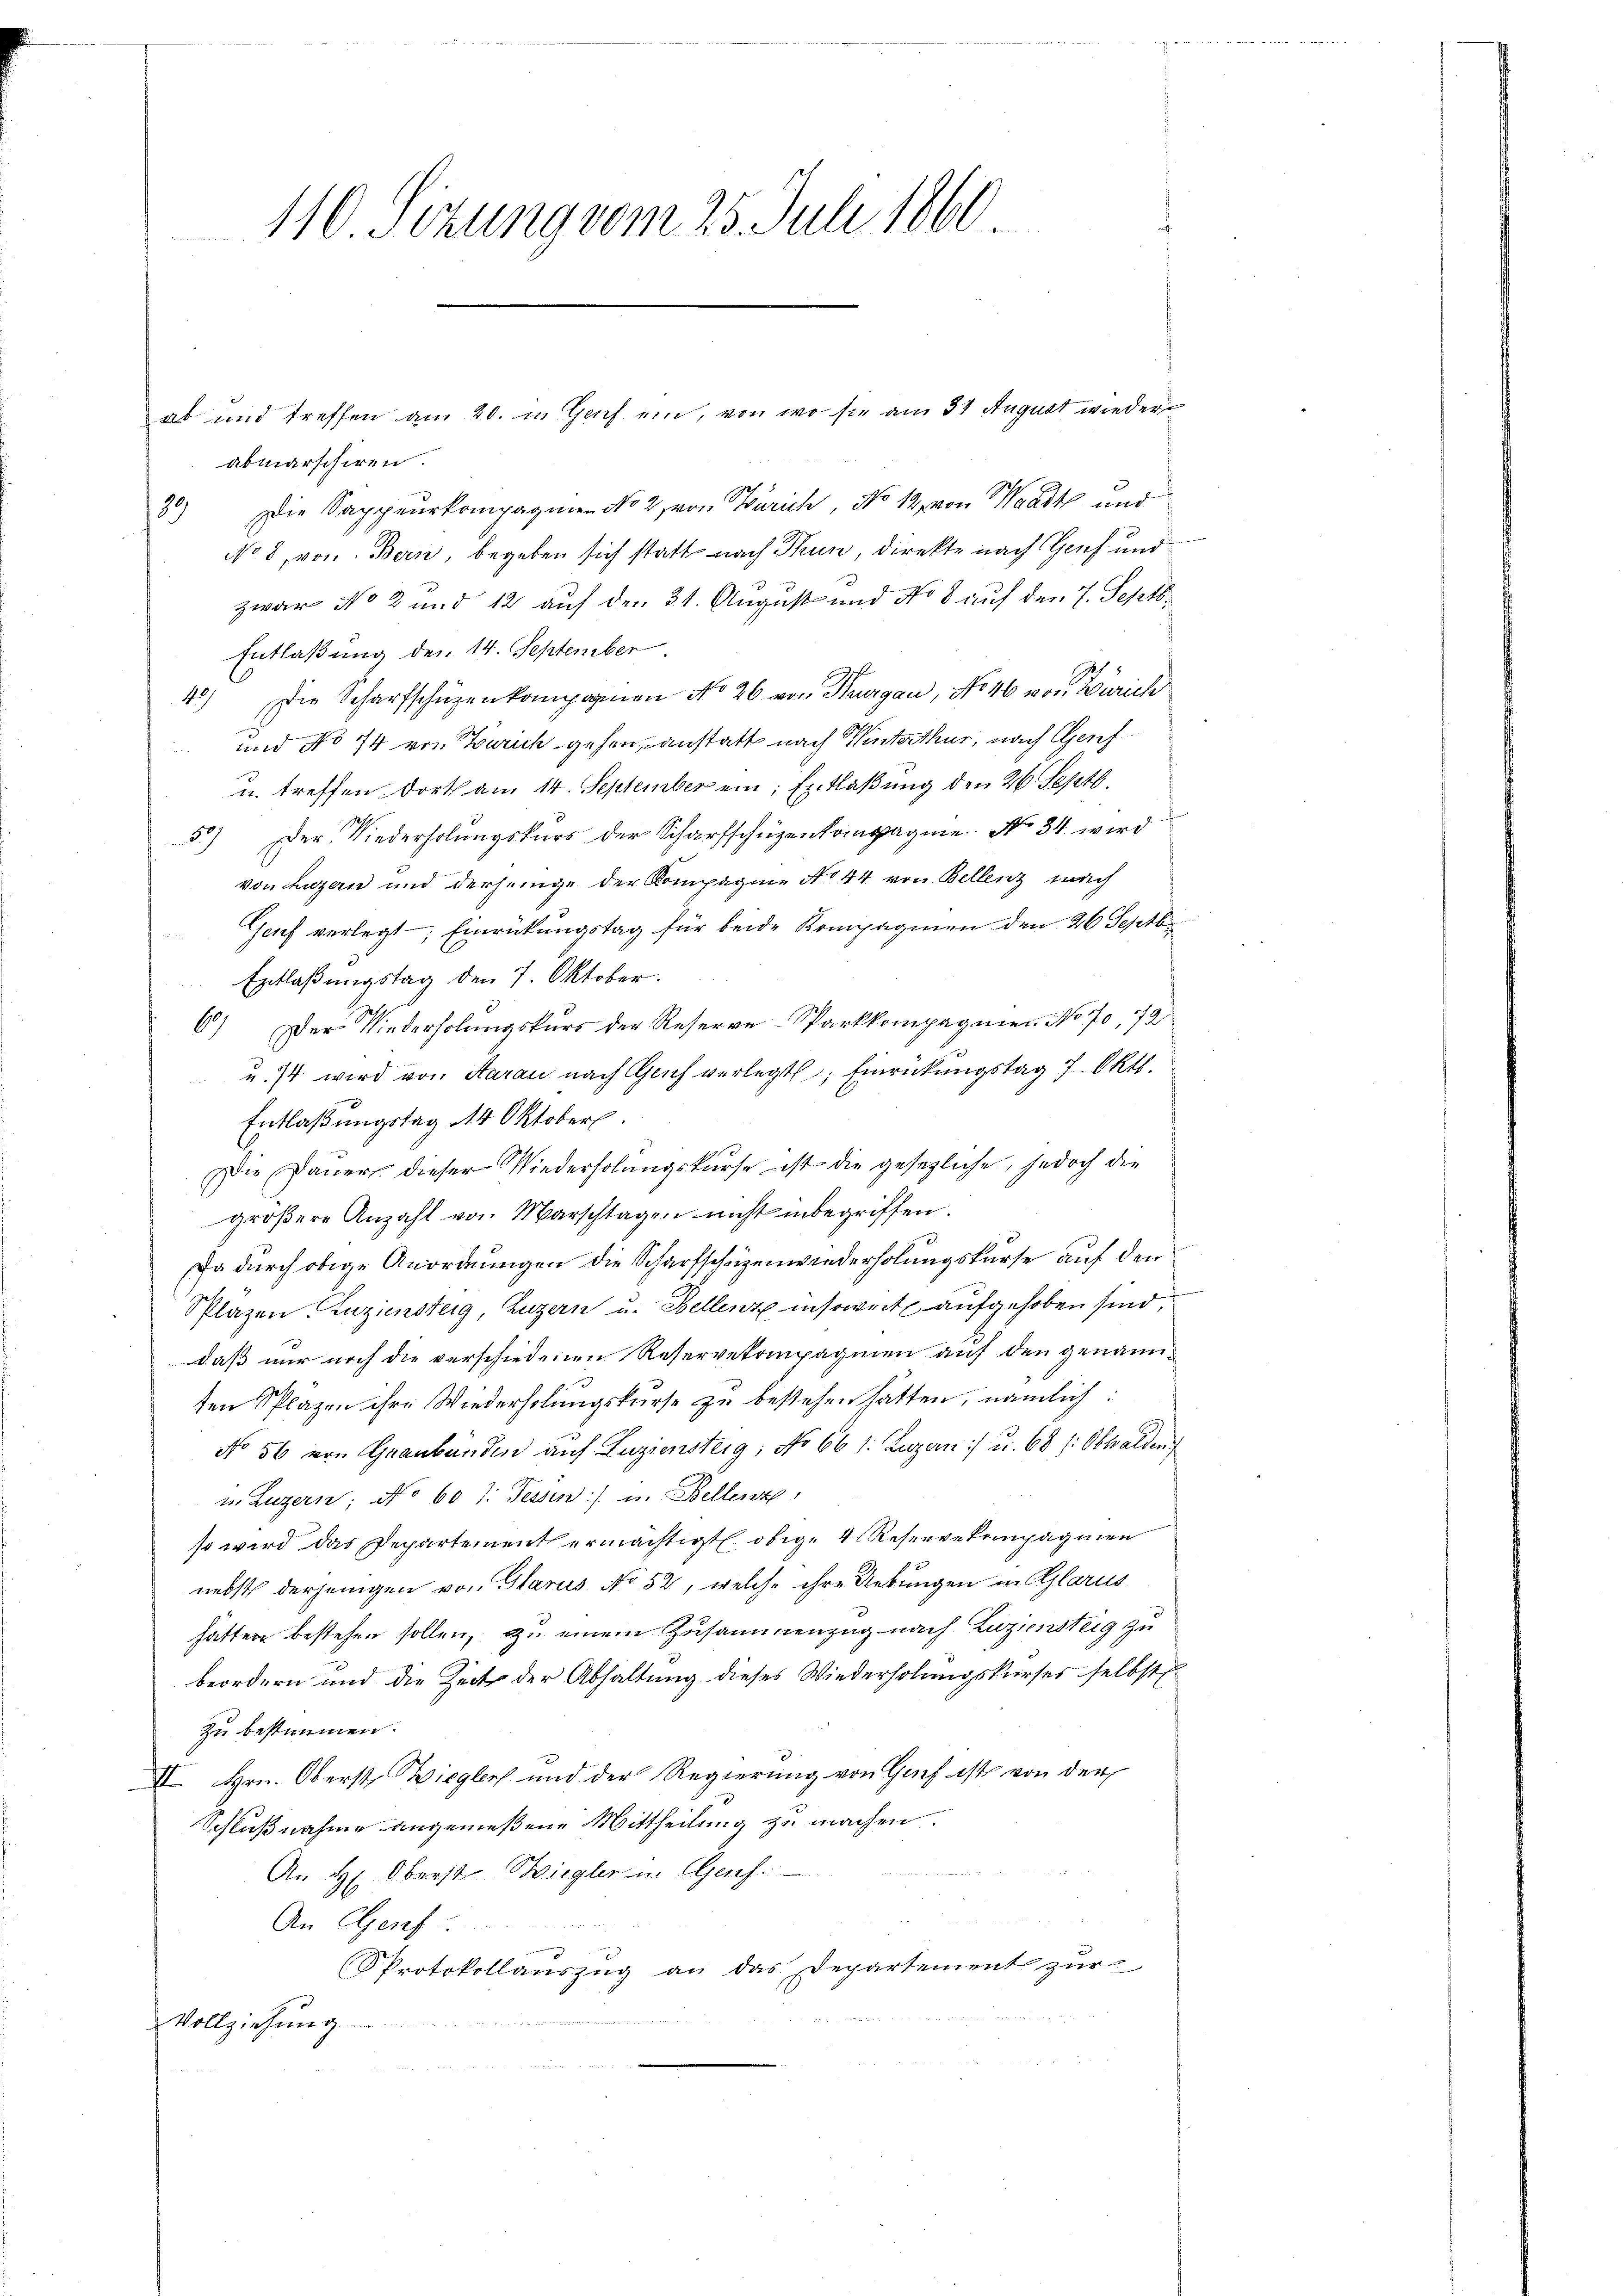
110 Sizung vom 25. Juli 1860

ab und treffen am 20. in Genf ein, von wo sie am 31 August wieder
abmarschiren.
3) Die Sappeurkompagnien No 2, von Zürich, No 12. von Waadt und
No 8, von Bern, begeben sich statt nach Thun, direkte nach Genf und
zwar No 2 und 12 auf den 31. August und No 8 auf den 7. Septb.
Entlaßung den 14. September
1)
40) Die Scharfschüzenkompagnen No 26. von Thurgau, No 46 von Zürich
und No 74 von Zürich gehen, anstatt nach Winterthur, nach Genf
u. treffen dorth am 14. September ein; Entlaßung den 26. Septb.
50) Der Niederholungskurs der Scharfschüzenkompagnie No 34. wird
von Luzern und derjenige der Kompagnie No 44 von Bellenz nach
Genf verlegt; Einrückungstag für beide Kompagnien den 26 Septbr
Entlaßungstag den 7. Oktober.
6) Der Niederholungskurs der Reserve-Sparkkompagnier. No 70, 72
u. s wird von Aarau nach Genf verlegt; Einrückungstag 7. Okt.
Entlaßungstag 14 Oktober.
Die Dauer dieser Niederholungskurse ist die gesezliche, jedoch die
gröβere Anzahl von Marschtagen nicht inbegriffen.
Ja durch obige Anordnungen die Scharfschüzenwiederholungskurse auf den
Spläzen, Zuziensteig, Luzern u. Bellenz insoweit aufgehoben sind,
daß nur noch die verschiedenen Reservekompagnien auf den genannten Spläzen ihre Wiederholungskurse zu bestehen hätten, nämlich:
No 56 von Graubünden auf Luziensteig: No 661: Luzern) u. 68 /: Obwalden
u. Luzern; No 60 J. Tessin:/ u. Bellenze
so wird das Departement ermächtigt obige 4 Reservekompagnien
nebst derjenigen von Glarus No 52, welche ihre Uebungen in Glarus
hätten bestehen sollen, zu einem Zusammenzug nach Luziensteig zu
beordern und die Zeit der Abhaltung dieses Wiederholungskurses selbst
Zu bestimmen.
II. Hrn. Oberst Bieglers und der Regierung von Grif ist von der
Schlußnahme angemeßene Mittheilung zu machen.
An H. Oberst Siegler in Genf.
An Genf
PProtokollauszug an das Departement zur
Vollziehung